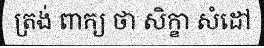
ត្រង់ ពាក្យ ថា សិក្ខា សំដៅ